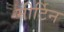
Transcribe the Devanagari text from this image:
मीर्टिन